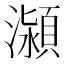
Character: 𭳕